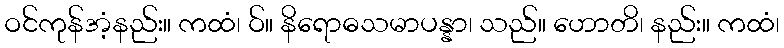
ဝင်ကုန်အံ့နည်း။ ကထံ၊ ဝ်။ နိရောဓသမာပန္နာ၊ သည်။ ဟောတိ၊ နည်း။ ကထံ၊